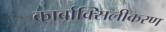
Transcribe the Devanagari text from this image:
कार्बाक्सिलीकरण